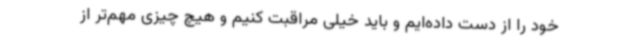
خود را از دست داده‌ایم و باید خیلی مراقبت کنیم و هیچ چیزی مهم‌تر از